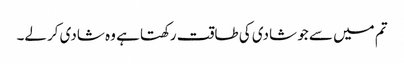
تم میں سے جو شادی کی طاقت رکھتا ہے وہ شادی کرلے۔